Indian journal of veterinary science and animal husbandry - Volumes 24-25, 1954-1955
Year: 1954
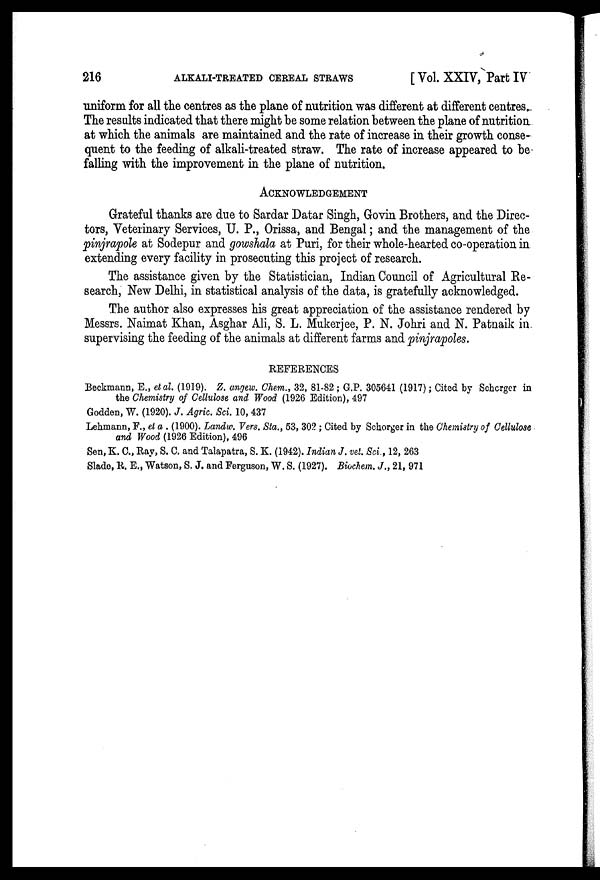
216
ALKALI-TREATED CEREAL STRAWS
[ Vol. XXIV, Part IV
uniform for all the centres as the plane of nutrition was different at different centres.
The results indicated that there might be some relation between the plane of nutrition
at which the animals are maintained and the rate of increase in their growth conse-
quent to the feeding of alkali-treated straw. The rate of increase appeared to be
falling with the improvement in the plane of nutrition.
ACKNOWLEDGEMENT
Grateful thanks are due to Sardar Datar Singh, Govin Brothers, and the Direc-
tors, Veterinary Services, U. P., Orissa, and Bengal; and the management of the
pinjrapole at Sodepur and gowshala at Puri, for their whole-hearted co-operation in
extending every facility in prosecuting this project of research.
The assistance given by the Statistician, Indian Council of Agricultural Re-
search, New Delhi, in statistical analysis of the data, is gratefully acknowledged.
The author also expresses his great appreciation of the assistance rendered by
Messrs. Naimat Khan, Asghar Ali, S. L. Mukerjee, P. N. Johri and N. Patnaik in
supervising the feeding of the animals at different farms and pinjrapoles.
REFERENCES
Beckmann, E., et al. (1919). Z. angew. Chem., 32, 81-82 ; G.P. 305641 (1917); Cited by Schorger in
the Chemistry of Cellulose and Wood (1926 Edition), 497
Godden, W. (1920). J. Agric. Sci. 10, 437
Lehmann, F., et a . (1900). Landw. Vers. Sta., 53, 302 ; Cited by Schorger in the Chemistry of Cellulose
and Wood (1926 Edition), 496
Sen, K. C., Ray, S. C. and Talapatra, S. K. (1942). Indian J. vet. Sci., 12, 263
Slade, R. E., Watson, S. J. and Ferguson, W. S. (1927). Biochem. J., 21, 971